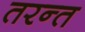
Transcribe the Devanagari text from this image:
तरन्त